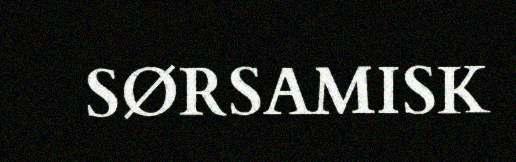
SØRSAMISK